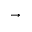
\rightarrow